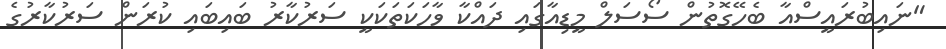
"ނައިބުރައީސްއާ ބެހޭގޮތުން ސޯސަލް މީޑިއާގައި ދައްކާ ވާހަކަތަކަކީ ސަރުކާރު ބައިބައި ކުރަން ސަރުކާރުގެ